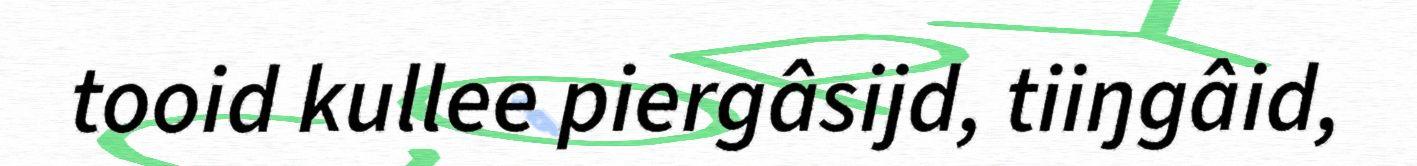
tooid kullee piergâsijd, tiiŋgâid,